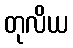
တုလိယ